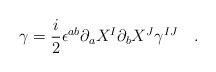
LaTeX: \begin{align*}\gamma =\frac{i}{2}\epsilon^{ab}\partial_aX^I\partial_bX^J\gamma^{IJ}~~~.\end{align*}